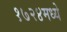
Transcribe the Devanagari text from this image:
१७२४मध्ये